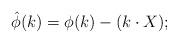
LaTeX: \begin{align*}\hat \phi (k)=\phi (k)-(k\cdot X); \end{align*}